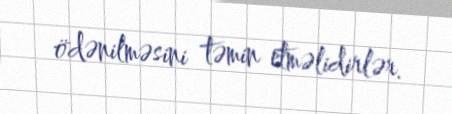
ödənilməsini təmin etməlidirlər.